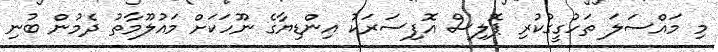
މި މައްސަލަ ތަހުގީގުކުރި ޕޮލިސް އޮފިސަރަކު އިންޑިޔާގެ ނޫހަކަށް މައުލޫމާތު ދެމުން ބުނި